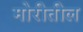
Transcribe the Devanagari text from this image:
मोरीतील